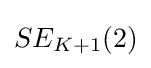
SE_{K+1}(2)